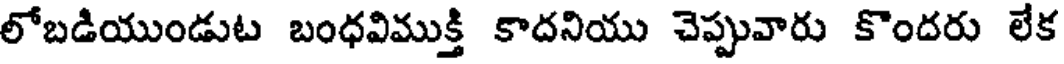
లోబడియుండుట బంధవిముక్తి కాదనియు చెప్పువారు కొందరు లేక